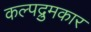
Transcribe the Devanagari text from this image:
कल्पद्रुमकार